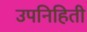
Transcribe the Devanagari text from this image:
उपनिहिती